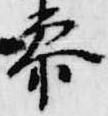
参